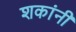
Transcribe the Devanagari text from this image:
शकांनी